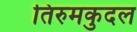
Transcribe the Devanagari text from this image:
तिरुमकुदल